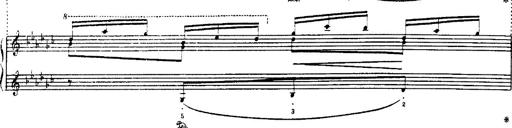
Title: Danza sacra e duetto finale dâ€™Aida
Composer: Franz Liszt